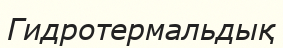
Гидротермальдық